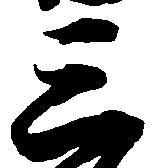
三